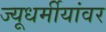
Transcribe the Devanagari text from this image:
ज्यूधर्मीयांवर